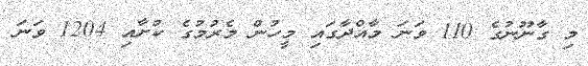
މި ގާނޫނުގެ 110 ވަނަ މާއްދާގައި މީހުން މެރުމުގެ ކުށާއި 1204 ވަނަ